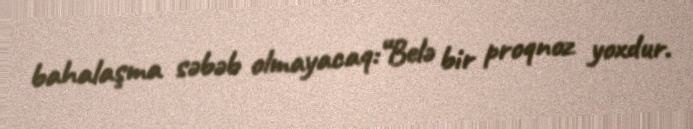
bahalaşma səbəb olmayacaq:“Belə bir proqnoz yoxdur.